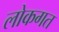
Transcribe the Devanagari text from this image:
लोकगत